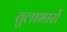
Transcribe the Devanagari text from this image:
तुलाभारों